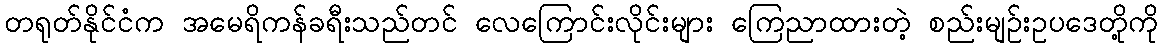
တရုတ်နိုင်ငံက အမေရိကန်ခရီးသည်တင် လေကြောင်းလိုင်းများ ကြေညာထားတဲ့ စည်းမျဉ်းဥပဒေတို့ကို